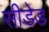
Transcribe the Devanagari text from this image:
सीडेड